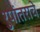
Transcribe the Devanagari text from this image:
रुपांतराचे